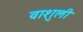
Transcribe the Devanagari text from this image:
वाशुली